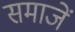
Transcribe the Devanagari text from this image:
समाजें